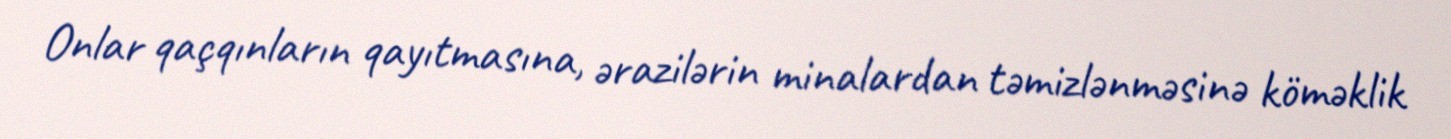
Onlar qaçqınların qayıtmasına, ərazilərin minalardan təmizlənməsinə köməklik